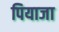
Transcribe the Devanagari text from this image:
पियाजा